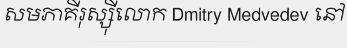
សមភាគីរុស្ស៊ីលោក Dmitry Medvedev នៅ